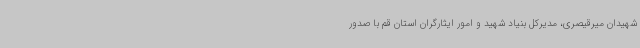
شهیدان میرقیصری، مدیرکل بنیاد شهید و امور ایثارگران استان قم با صدور